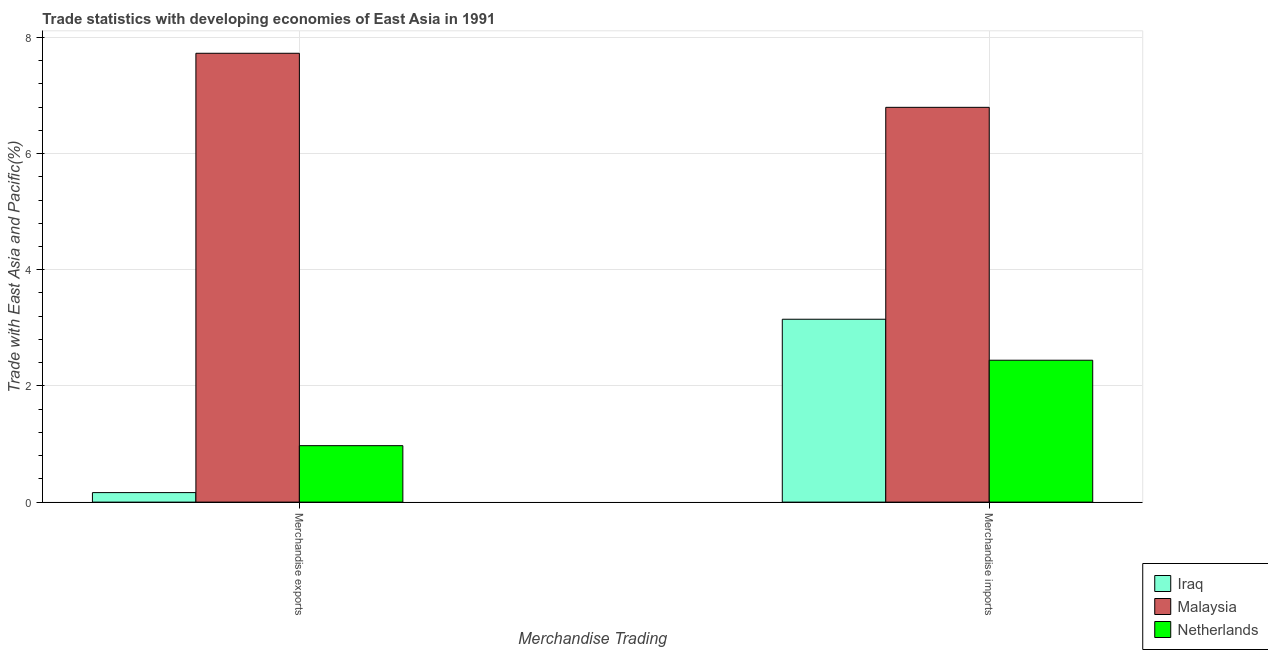
| Merchandise Trading | Iraq | Malaysia | Netherlands |
 | --- | --- | --- | --- |
 | Merchandise exports | 0.164 | 7.73 | 0.972 |
 | Merchandise imports | 3.15 | 6.8 | 2.44 |